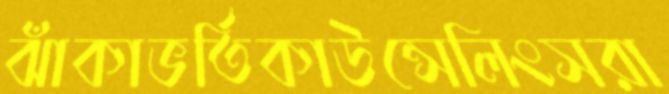
ঝাঁকাভর্তিকাউন্সেলিংসরা